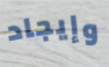
وإيجاد